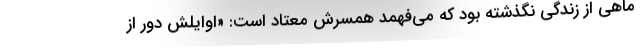
ماهی از زندگی نگذشته بود که می‌فهمد همسرش معتاد است: «اوایلش دور از